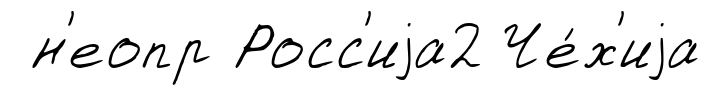
н'еопр Росс'иjа2 Че́х'иjа